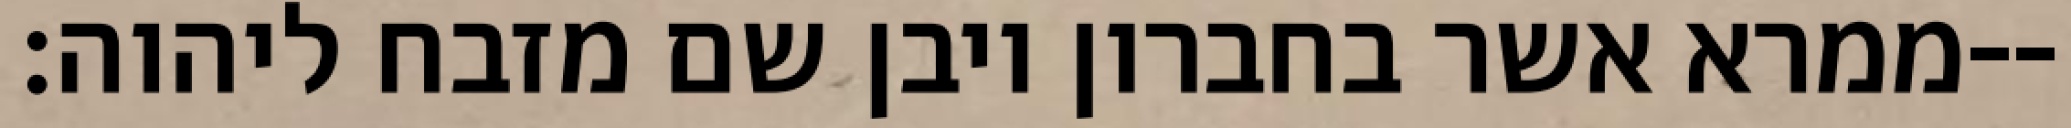
ממרא אשר בחברון ויבן שם מזבח ליהוה׃--